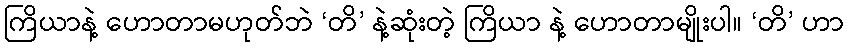
ကြိယာနဲ့ ဟောတာမဟုတ်ဘဲ ‘တိ’ နဲ့ဆုံးတဲ့ ကြိယာ နဲ့ ဟောတာမျိုးပါ။ ‘တိ’ ဟာ